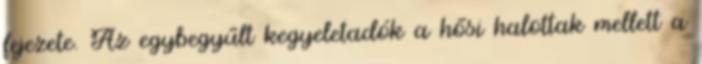
fejezete. Az egybegyűlt kegyeletadók a hősi halottak mellett a